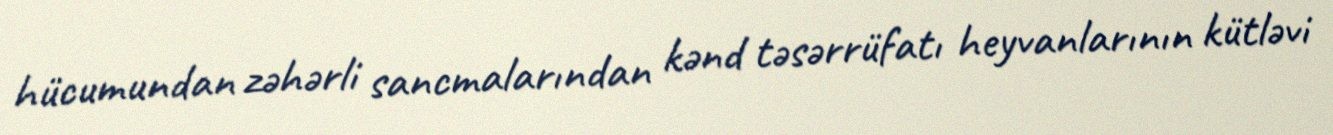
hücumundan zəhərli sancmalarından kənd təsərrüfatı heyvanlarının kütləvi